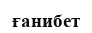
ғанибет